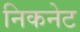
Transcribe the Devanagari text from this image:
निकनेट